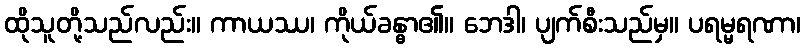
ထိုသူတို့သည်လည်း။ ကာယဿ၊ ကိုယ်ခန္ဓာ၏။ ဘေဒါ၊ ပျက်စီးသည်မှ။ ပရမ္မရဏာ၊